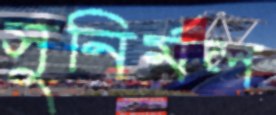
সুনির্মল